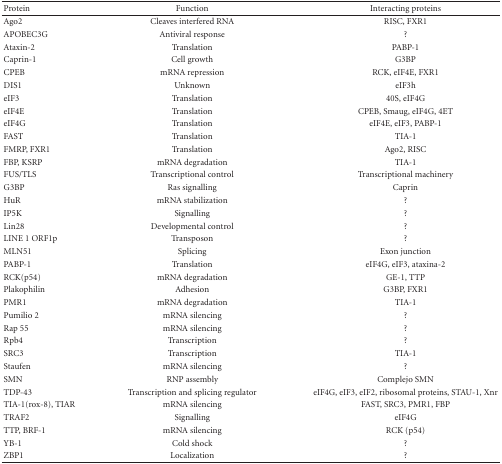
<table><thead><tr><td><b>Protein</b></td><td><b>Function</b></td><td><b>Interacting proteins</b></td></tr></thead><tbody><tr><td>Ago2</td><td>Cleaves interfered RNA</td><td>RISC, FXR1</td></tr><tr><td>APOBEC3G</td><td>Antiviral response</td><td>?</td></tr><tr><td>Ataxin-2</td><td>Translation</td><td>PABP-1</td></tr><tr><td>Caprin-1</td><td>Cell growth</td><td>G3BP</td></tr><tr><td>CPEB</td><td>mRNA repression</td><td>RCK, eIF4E, FXR1</td></tr><tr><td>DIS1</td><td>Unknown</td><td>eIF3h</td></tr><tr><td>eIF3</td><td>Translation</td><td>40S, eIF4G</td></tr><tr><td>eIF4E</td><td>Translation</td><td>CPEB, Smaug, eIF4G, 4ET</td></tr><tr><td>eIF4G</td><td>Translation</td><td>eIF4E, eIF3, PABP-1</td></tr><tr><td>FAST</td><td>Translation</td><td>TIA-1</td></tr><tr><td>FMRP, FXR1</td><td>Translation</td><td>Ago2, RISC</td></tr><tr><td>FBP, KSRP</td><td>mRNA degradation</td><td>TIA-1</td></tr><tr><td>FUS/TLS</td><td>Transcriptional control</td><td>Transcriptional machinery</td></tr><tr><td>G3BP</td><td>Ras signalling</td><td>Caprin</td></tr><tr><td>HuR</td><td>mRNA stabilization</td><td>?</td></tr><tr><td>IP5K</td><td>Signalling</td><td>?</td></tr><tr><td>Lin28</td><td>Developmental control</td><td>?</td></tr><tr><td>LINE 1 ORF1p</td><td>Transposon</td><td>?</td></tr><tr><td>MLN51</td><td>Splicing</td><td>Exon junction</td></tr><tr><td>PABP-1</td><td>Translation</td><td>eIF4G, eIF3, ataxina-2</td></tr><tr><td>RCK(p54)</td><td>mRNA degradation</td><td>GE-1, TTP</td></tr><tr><td>Plakophilin</td><td>Adhesion</td><td>G3BP, FXR1</td></tr><tr><td>PMR1</td><td>mRNA degradation</td><td>TIA-1</td></tr><tr><td>Pumilio 2</td><td>mRNA silencing</td><td>?</td></tr><tr><td>Rap 55</td><td>mRNA silencing</td><td>?</td></tr><tr><td>Rpb4</td><td>Transcription</td><td>?</td></tr><tr><td>SRC3</td><td>Transcription</td><td>TIA-1</td></tr><tr><td>Staufen</td><td>mRNA silencing</td><td>?</td></tr><tr><td>SMN</td><td>RNP assembly</td><td>Complejo SMN</td></tr><tr><td>TDP-43</td><td>Transcription and splicing regulator</td><td>eIF4G, eIF3, eIF2, ribosomal proteins, STAU-1, Xnr</td></tr><tr><td>TIA-1(rox-8), TIAR</td><td>mRNA silencing</td><td>FAST, SRC3, PMR1, FBP</td></tr><tr><td>TRAF2</td><td>Signalling</td><td>eIF4G</td></tr><tr><td>TTP, BRF-1</td><td>mRNA silencing</td><td>RCK (p54)</td></tr><tr><td>YB-1</td><td>Cold shock</td><td>?</td></tr><tr><td>ZBP1</td><td>Localization</td><td>?</td></tr></tbody></table>